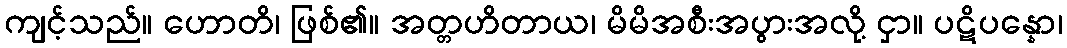
ကျင့်သည်။ ဟောတိ၊ ဖြစ်၏။ အတ္တဟိတာယ၊ မိမိအစီးအပွားအလို့ ငှာ။ ပဋိပန္နော၊